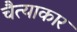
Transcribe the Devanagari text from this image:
चैत्याकार